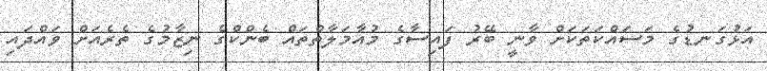
އަޅުގަނޑުގެ މަސައްކަތަކަށް ވާނީ ބޭރު ފައިސާގެ މުއާމަލާތްތައް ބެންކްގެ ނިޒާމުގެ ތެރެއަށް ވައްދައި